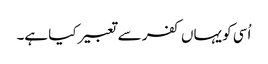
اُسی کو یہاں کفر سے تعبیر کیا ہے۔